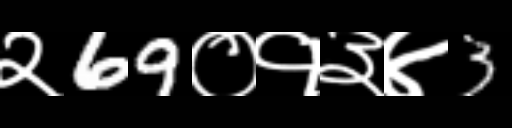
Text: २69०१३४3